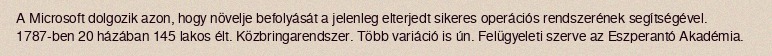
A Microsoft dolgozik azon, hogy növelje befolyását a jelenleg elterjedt sikeres operációs rendszerének segítségével. 1787-ben 20 házában 145 lakos élt. Közbringarendszer. Több variáció is ún. Felügyeleti szerve az Eszperantó Akadémia.